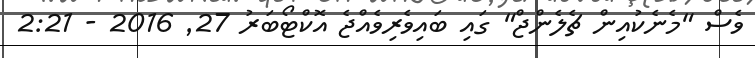
ވެސް "މެނެކުއިން ޗެލެންޖް" ގައި ބައިވެރިވެއްޖެ އޮކްޓޯބަރު 27